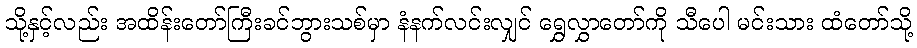
သို့နှင့်လည်း အထိန်းတော်ကြီးခင်ဘွားသစ်မှာ နံနက်လင်းလျှင် ရွှေလွှာတော်ကို သီပေါ မင်းသား ထံတော်သို့